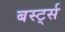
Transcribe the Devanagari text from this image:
बर्स्ट्स